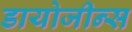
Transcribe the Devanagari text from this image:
डायोजीन्स